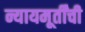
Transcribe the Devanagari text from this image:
न्यायमूर्तींची